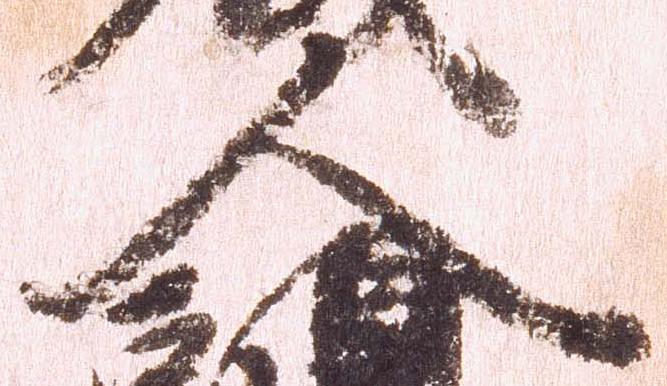
人